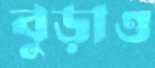
বুড়াও